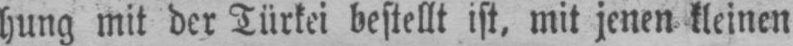
hung mit der Türkei bestellt ist, mit jenen kleinen